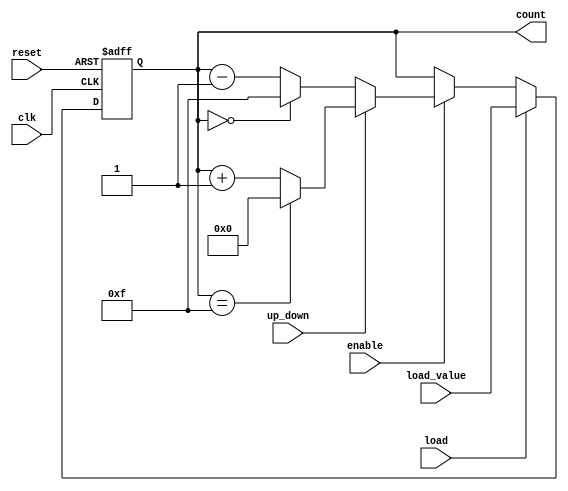
module SynchronousCounter #(
    parameter N = 4 // Number of bits for the counter
)(
    input wire clk,                 // Clock input
    input wire reset,               // Asynchronous reset
    input wire enable,              // Enable counting
    input wire load,                // Load signal
    input wire up_down,             // Direction control (1 for up, 0 for down)
    input wire [N-1:0] load_value,  // Value to load into the counter
    output reg [N-1:0] count        // Output current counter value
);

// Asynchronous reset
always @(posedge clk or posedge reset) begin
    if (reset) begin
        count <= 0; // Reset the counter to 0
    end else if (load) begin
        count <= load_value; // Load the specified value into the counter
    end else if (enable) begin
        // Up counting
        if (up_down) begin
            if (count == {N{1'b1}}) // Check if the counter is at maximum value
                count <= 0; // Wrap back to 0
            else
                count <= count + 1; // Increment the counter
        end
        // Down counting
        else begin
            if (count == 0) // Check if the counter is at minimum value
                count <= {N{1'b1}}; // Wrap back to maximum value
            else
                count <= count - 1; // Decrement the counter
        end
    end
end

endmodule